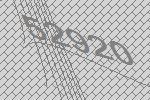
52920